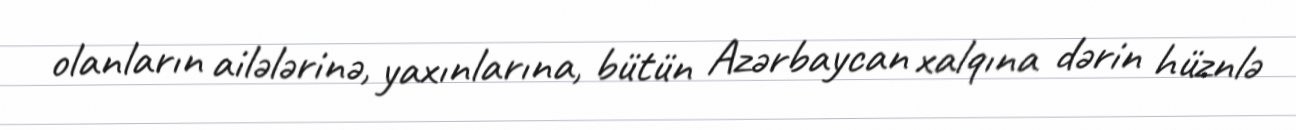
olanların ailələrinə, yaxınlarına, bütün Azərbaycan xalqına dərin hüznlə